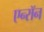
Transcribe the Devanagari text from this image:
एन्‍रॉन